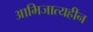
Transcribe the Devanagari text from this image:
आभिजात्यहीन